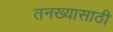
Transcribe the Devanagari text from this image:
तनख्यासाठी